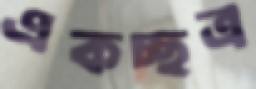
একচ্ছত্র